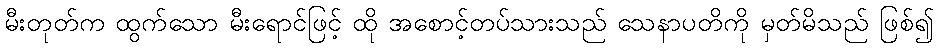
မီးတုတ်က ထွက်သော မီးရောင်ဖြင့် ထို အစောင့်တပ်သားသည် သေနာပတိကို မှတ်မိသည် ဖြစ်၍